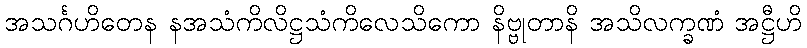
အသင်္ဂဟိတေန နအသံကိလိဋ္ဌသံကိလေသိကော နိဗ္ဗုတာနိ အသိလက္ခဏံ အဋ္ဌီဟိ